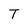
Character: T